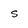
Character: s